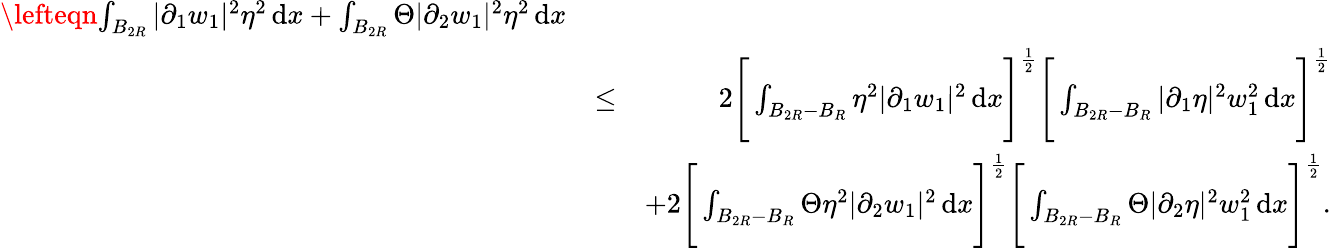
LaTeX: \begin{array}{rlr}{\lefteqn{\int_{B_{2R}}|\partial_{1}w_{1}|^{2}\eta^{2}\, \mathrm{d}x+\int_{B_{2R}}\Theta|\partial_{2}w_{1}|^{2}\eta^{2}\, \mathrm{d}x}}\\ &{\leq}&{2\Bigg[\int_{B_{2R}-B_{R}}\eta^{2}|\partial_{1}w_{1}|^{2}\, \mathrm{d}x\Bigg]^{\frac{1}{2}}\Bigg[\int_{B_{2R}-B_{R}}|\partial_{1}\eta|^{2}w_{1}^{2}\, \mathrm{d}x\Bigg]^{\frac{1}{2}}}\\ &{}&{+2\Bigg[\int_{B_{2R}-B_{R}}\Theta\eta^{2}|\partial_{2}w_{1}|^{2}\, \mathrm{d}x\Bigg]^{\frac{1}{2}}\Bigg[\int_{B_{2R}-B_{R}}\Theta|\partial_{2}\eta|^{2}w_{1}^{2}\, \mathrm{d}x\Bigg]^{\frac{1}{2}}.}\end{array}